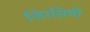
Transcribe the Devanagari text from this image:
जिरसिमी